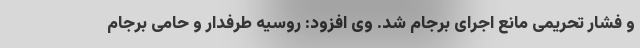
و فشار تحریمی مانع اجرای برجام شد. وی افزود: روسیه طرفدار و حامی برجام